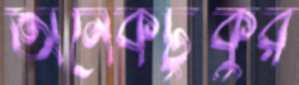
অনেকটুকুর